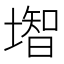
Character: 𡐻